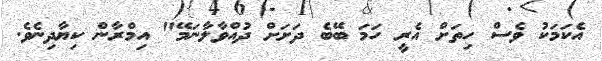
އެކަމަކު ވެސް ހިތަށް އެރީ ހަމަ ބޭބެ ދަށަށް ދުއްވާލާނަމޭ" އިމްރާން ކިޔާދިނެވެ.